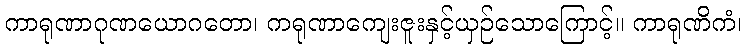
ကာရုဏာဂုဏယောဂတော၊ ကရုဏာကျေးဇူးနှင့်ယှဉ်သောကြောင့်။ ကာရုဏိကံ၊